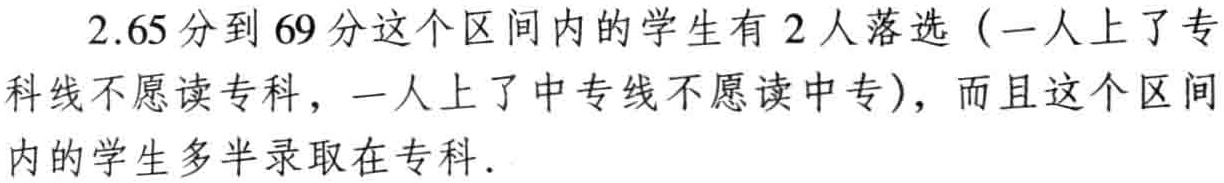
2.65 分到 69 分这个区间内的学生有 2 人落选（一人上了专科线不愿读专科，一人上了中专线不愿读中专），而且这个区间内的学生多半录取在专科.